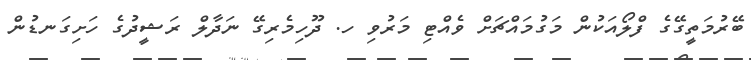
ބޭރުމަތީގޭގެ ފްލޯއަކުން މަގުމައްޗަށް ވެއްޓި މަރުވި ހ. ދޫހިމެރިގޭ ނަދާލް ރަޝީދުގެ ހަށިގަނޑުން